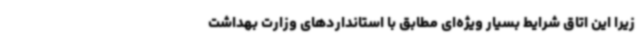
زیرا این اتاق شرایط بسیار ویژه‌ای مطابق با استانداردهای وزارت بهداشت